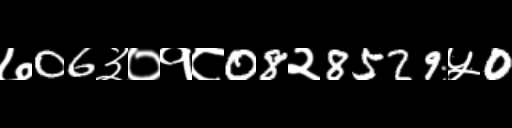
Text: ७06३०१८08२8529५0